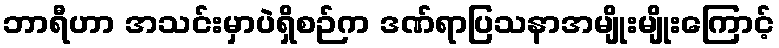
ဘာရီဟာ အသင်းမှာပဲရှိစဉ်က ဒဏ်ရာပြသနာအမျိုးမျိုးကြောင့်